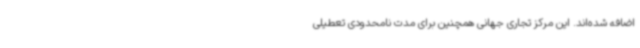
اضافه شده‌اند. این مرکز تجاری جهانی همچنین برای مدت نامحدودی تعطیلی